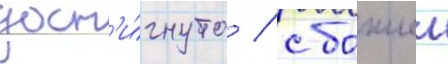
дост'и́гнуто / с божиеи